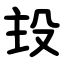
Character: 殶